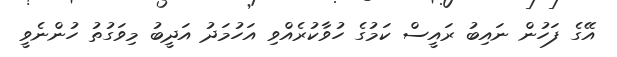
އޭގެ ފަހުން ނައިބު ރައީސް ކަމުގެ ހުވާކުރެއްވި އަހުމަދު އަދީބު މިވަގުތު ހުންނެވީ